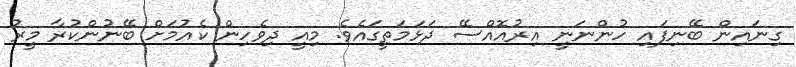
ގިނައިން ބޭނިފައި ހުންނަނީ އިރުއޮއްސޭ ދަޅަމަތީގައެވެ. މިއީ ދިވެހިން ކެއުމަށް ބޭނުންކުރާ މީރު